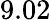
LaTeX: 9.02